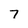
Character: 7